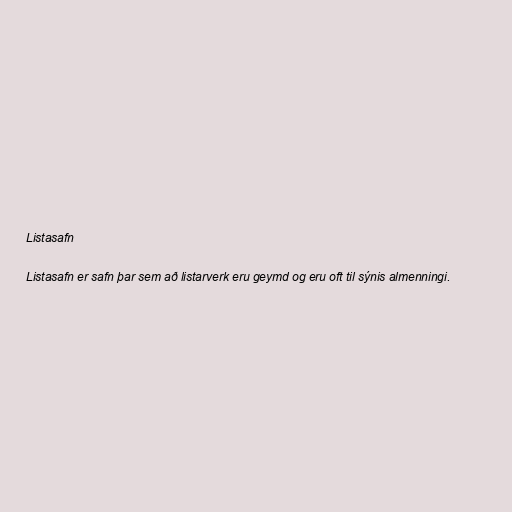
Listasafn

Listasafn er safn þar sem að listarverk eru geymd og eru oft til sýnis almenningi.